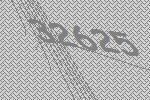
32625